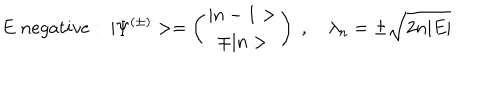
E \; n e g a t i v e : \; | \Psi ^ { ( \pm ) } > = \left( \begin{array} { c c } { { | n - 1 > } } \\ { { \mp | n > } } \\ \end{array} \right) \; , \quad \lambda _ { n } = \pm \sqrt { 2 n | E | }